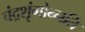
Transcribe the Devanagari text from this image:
चंद्रशृंगोन्नति